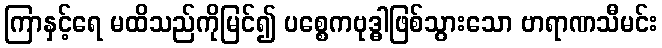
ကြာနှင့်ရေ မထိသည်ကိုမြင်၍ ပစ္စေကဗုဒ္ဓါဖြစ်သွားသော ဗာရာဏသီမင်း